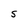
Character: S